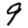
Digit: 9